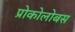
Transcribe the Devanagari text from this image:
प्रोकोलोबस